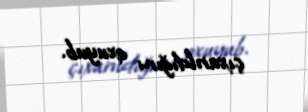
çıxarıldığını oxuyub.